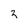
Character: z